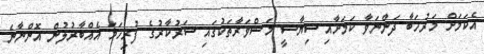
އެކަމަށް މަރުހަބާ ދަންނަވާ ކަމަށާއި ސިޔާސީ މަޝްވަރާތަކުގައި ސަރުކާރުގެ ފުރިހަމަ އެއްބާރުލުން އޮންނާނެ